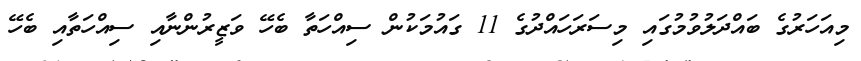
މިއަހަރުގެ ބައްދަލުވުމުގައި މިސަރަހައްދުގެ 11 ގައުމަކުން ސިއްހަތާ ބެހޭ ވަޒީރުންނާއި ސިއްހަތާއި ބެހޭ